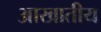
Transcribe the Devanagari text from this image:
आखातीय